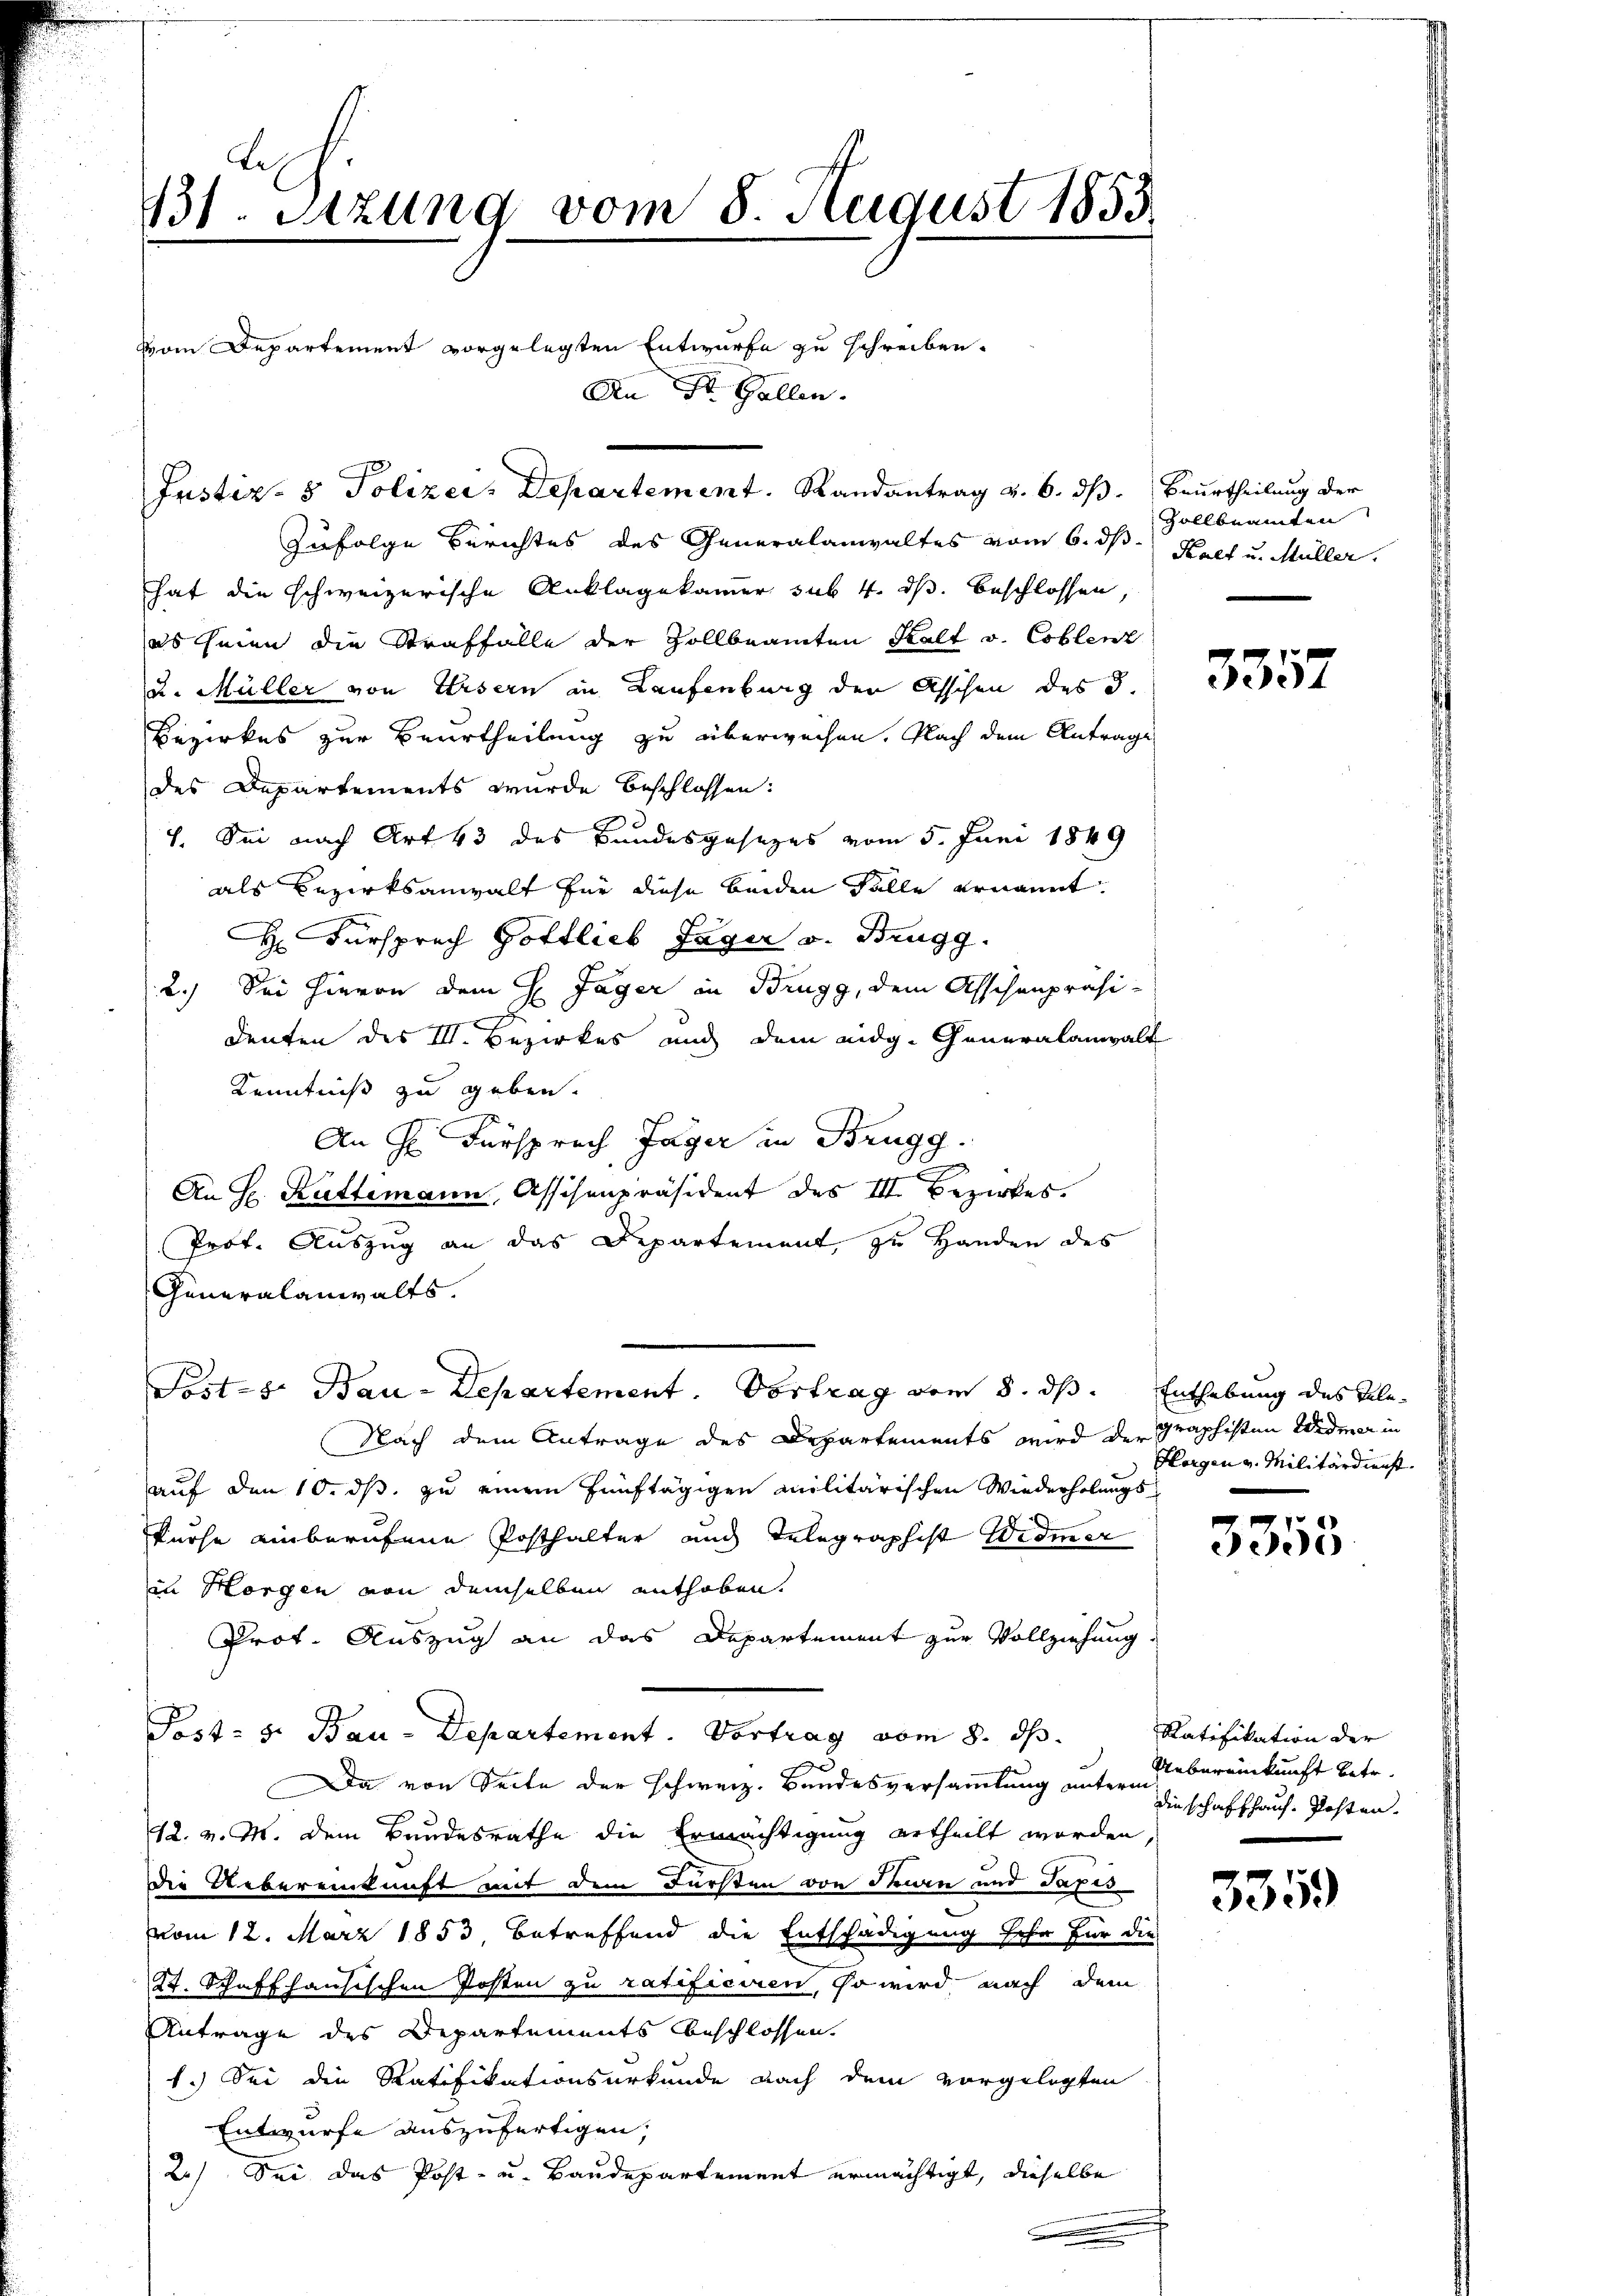
131. Sitzung vom 8. August 1855

vom Departement vorgelegten Entwurfe zu schreiben.

zufolge Berichtes des Generalanwaltes vom 6. ds.
hat die schweizerische Anklagekammer sub 4. ds. beschlossen,
as seien die Straffalle der Zollbeamten Kalt v. Coblenz
u. Müller von Ursern in Laufenburg der Aschen des 3.
Bezirkes zur Beurtheilung zu überweisen. Nach dem Antrage
des Departements wurde beschlossen:
7. Sei nach Art 43 des Bundesgesezes vom 5. Juni 1849
als Bezirksanwalt für diese beiden Fälle ernannt.
 Fürsprech Gottlieb Jäger v. Brugg.
2.) Sei Hieron dem H Jager in Brugg, dem Asschenpräsidenten des III. Bezirkes auch dem eidg. Generalanwalt
Kenntniß zu geben.
An Hr. Fürsprech Jäger in Brugg.
An H. Rüttimann, Assisenpräsident des III. Bezirkes.
Prof. Auszug an das Departement, zu Handen des
Generalanwalts.
Postes Bau-Departement. Vortrag vom 8. ds. Enthebung des Tele¬
Nach dem Antrage des Departements wird der graphisten Widmer in
auf den 10. ds. zu einem fünftägigen militärischen Wiederholungs-
kurse einberufene Posthalter auch Telegraphist Widmer
an Horgen von demselben enthoben.
Prot. Auszug an das Departement zur Vollziehung
Post- u. Bau-Departement. Vortrag vom 8. ds.
Da von Seite der schweiz. Bundesversammlung unterm
12. v. M. dem Bundesrathe die Ermächtigung ertheilt worden.
die Uebereinkunft mit dem Fürsten von den und Taxis
vom 12. März 1853, betreffend die Entschädigung sehr für die
27. Schaffhausischen Posten zu ratificiren, so wird nach dem
Antrage des Departements beschlossen.
1.) Sei die Ratifikationsurkunde nach dem vorgelegten
Entwurfe auszufertigen,
2) Sei das Post- u. Baudepartement ermächtigt, dieselbe

Justiz- & Polizei, Departement. Randantrag v. 6. dß. Beurtheilung der

An St. Gallen.

Zollbeamten
Kalt u. Müller.

3357

Horgen v. Militärdienst.

3355

Ratifikation der
Uebereinkunft betr.
die schaffhaus Posten.

335.